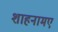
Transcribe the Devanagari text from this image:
शाहनामए